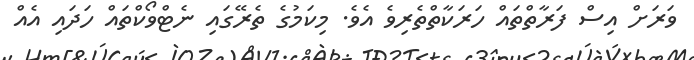
ވަރަށް އިސް ފަރާތްތައް ހަރަކާތްތެރިވެ އެވެ. މިކަމުގެ ތެރޭގައި ނެޓްވޯކްތައް ހަދައި އެއް